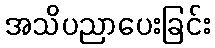
အသိပညာပေးခြင်း